Vital statistics of India. Vol. V, Reports of 1876 on armies & jails and on epidemic cholera
Year: 1876
Disease focus: Cholera
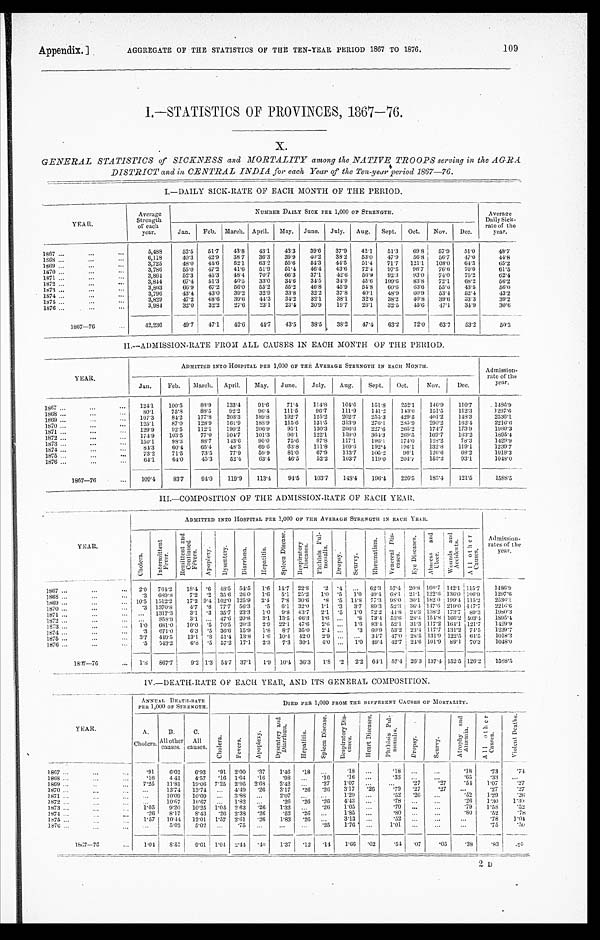
AGGREGATE OF THE STATISTICS OF THE TEN-YEAR PERIOD 1867 TO 1876.
Appendix. ]
109
I.—STATISTICS OF PROVINCES, 1867—76.
X.
GENERAL STATISTICS of SICKNESS and MORTALITY among the NATIVE TROOPS serving in the AGRA.
DISTRICT and in CENTRAL INDIA for each Year of the Ten-year period 1867—76.
I.—DAILY SICK-RATE OF EACH MONTH OF THE PERIOD.
YEAR.
Average
Strength
of each
year.
NUMBER DAILY SICK PER 1,000 0F STRENGTH.
Average
Daily Sick-
rate of the
year.
Jan.
Feb.
March. April.
May.
June.
July.
Aug.
Sept.
Oct.
Nov.
Dec.
1 8 6 7 . . .
5,488
52.5
51.7
43.8
43.1
43.3
39.6
37.9
42.1
51.3
69.8
57.9
51.0
4 8 . 7
6,118
40.3
42.9
38.7
36.3
39.9
40.2
38.2
53.0
47.9
56.8
5 6 . 7
47.0
4 4 . 8
1868 . . .
3,725
48.0
45.6
52.1
6 3 . 2
55.6
54.3
44.5
5 1 . 4
71.7
121.1
108.0
64.3
6 5 . 2
1869 . . .
3,786
55.0
47.2
41.6
51.9
51.4
46.4
43.6
72.4
97.5
9 6 . 7
76.6
70.0
61.5
1870 . . .
3,864
52.3
45.3
48.4
70.7
66.3
37.1
42.6
56.9
92.3
93.0
74. 0
75.2
62.4
1871 . . .
3,844
67.4
51.3
40.5
33.0
34.6
34.5
34.9
45.6
109.6
83.8
72.1
68.2
56.2
1872 . . .
3,803
66.9
67.2
56.0
55.2
55.2
46.8
45.9
54.8
6 0 . 6
63.0
55.4
43.5
5 6 . 0
1873 . . .
3,796
43.4
4 3 . 0
39.2
32.9
33.8
32.2
37.8
40.1
48.9
60.9
53.4
52.4
43.2
1874 . . .
3,829
47.2
48.6
39.6
44.3
34.2
32.1
38.1
32.6
38.2
40.8
39.6
33.3
39.2
1 8 7 5 . . .
3,984
32.0
32.2
27.6
23.1
23.4
20.9
19.7
26.1
32.5
45.6
47.1
34.9
30.6
1 8 7 6 . . .
1 8 6 7 — 7 6
42,236
49.7
47.1 42.6
44.7
43.5
38.5 38.5
47.4
63.2
72.0
63.7
53.2
50.3
II.—ADMISSION-RATE FROM ALL CAUSES IN EACH MONTH OF THE PERIOD.
Y EAR.
ADMITTED INTO HOSPITAL PER 1,000 OF THE AVERAGE STRENGTH IN EACH MONTH.
Admission -
rate of the
year.
Jan.
Feb.
M a r c h . April.
May.
June.
July.
Aug.
Sept.
Oct.
Nov.
Dec.
1867 . . .
124.1
100.5
88.9
133.4
91.6
71.4
114.8
104.6
151.8
252.1
146.9
110.7
1486.9
80.1
75.8
88.5
92.2
96.4
111.5
96.7
111.9
141.2
143.0
151.5
112.3
1297.6
1868 . . .
107.3
84.2
177.8
208.3
189.8
192.7
125.2
202.7
255.3
429.5
401.2
148.3
2536.1
1869 . . .
125.1
87.0
128.9
161.9
188.9
115.6
131.5
313.9
276.1
285.9
290.2
162.4
2216.6
1570 . . .
129.9
92.5
112.1
190.2
206.9
95.1
130.3
206.6
227.6
265.2
174.7
173.9
1980.3
1871 . . .
174.9
103.5
77.0
104.7
101.3
96.1
122.1
159.0
3 6 4 . 3
269.5
160.7
163.2
1895.4
1872 . . .
150.1
98.3
88.7
143.6
90.0
75.6
87.8
117.1
196.1
174.0
128.2
78.3
1429.9
1873 . . .
84.3
60.4
65.4
48.3
69.6
63.8
111.8
109.6
192.4
196.1
132.8
119.1
1239.7
1874 . . .
73.2
71.5
73.5
77.9
59.9
81.0
67.9
113.7
105.2
96.1
126.6
68.2
1018.3
1875 . . .
64.1
64.0
45.3
52.4
63.4
46.5
52.2
103.7
119.0
204.7
153.2
93.1
1048.0
1876 . . .
1867—76...
109.4
83.7
94.0
119.9
113.4
94.5
103.7
148.4
196.4
226.5
155.4
121.5
1588.5
III.—COMPOSITION OF THE ADMISSION-RATE OF EACH YEAR.
Y E A R .
ADMITTED INTO HOSPITAL PER 1,000 OF THE AVERAGE STRENGTH IN EACH YEAR.
Admission-
rates of the
y e a r .
C h o l e r a .
I n t e r m i t t e n t F e v e r .
R e m i t t e n t a n d C o n t i n u e d F
ē
v e r s .
A p o p l e x y .
D y s e n t e r y .
D i a r r h œ a .
H o p a t i t i s .
S p l e e n D i s e a s e .
R e s p i r a t o r y D i s e a s e s .
P h t h i s i s p u l - m o n a l i s .
D r o p s y .
S c u r v y .
R h e u m a t i s m . V e n e r e a l D i s - c a s e s .
E y e D i s e a s e s .
A b s c e s s a n d U l c e r . Wo u n d s a n d Ac c i d e n t s .
A l l o t h e r C a u s e s .
1867 . . .
2.0
764.2
18.4
. 6 48.5
54.5
1.6
14.7
22.8
. 2 . 4
. . .
62.3
57.4
20.8 160.7 142.1
1 1 5 . 7
1486.9
.3
689.8
7.2 .2
35.6
26.0
1.6
5.1
25.2
1 . 0 .5
1.0 49.4
68.1
2 1 . 1
1 2 2 . 6 136.0 106.9
1297. 6
1868 . . .
10.5
1312.2
17.2 9.4 102.0 125.9
2.4
7.8
30.6
. 8 .5 14.8
77.3
98.0
30.1 182.0 199.4 115.2
2536.1
1869 . . .
.3
1370.8
4.7 .8
77.7 56.3
. 5
6. 1 32.0
1.1 .3
3.7
89.3
52.3
3 6 . 4
1 4 7 . 6219.0 417.7
2216. 6
1870 . . .
. . . 1317.3
3.1 .3
35.7
23.3
1.0
9. 8 43.7
2.1 .5
1.0
72.2 44.8 24.3 138.2 173.7
89.3
1980.3
1871. . .
. . . 858.8
3.1
. . . 47.6 20.8
3.1
13.5
66.3
1.6
. . .
.8
73.4 53.6 28.4 154.8 166.2 403.4
1895. 4
1872 . . .
1.0
681.0
10.0 .5
70.5
20.3
2.9
22.1
47.6
2.6
. . .
1.6
83.4
52.1
31.3 117.2 164.1 121.7
1429. 9
1873 . . .
1874 . . .
.3
671.0
6.3 .5 36.6
15.9
1 . 8
8.7 35.0
2.4
. . .
.3
60.9 13.2 23.4 117.7 131.2
74.5
1239.7
3.7
449.5
13.1. .8 51.4
13.8
1.6
10.4
42.0
2.9
. . .
. . .
34.7 47.0 28.5 131.9 122.5
6 4 . 5
1018. 3
1875 . . .
.5
543.2
6.8 .5 57.2
17.1
2.3
7.3
30.1
4 . 0
. . .
1.0 49.4 42.7 24.6 101.9
89.1
70.3
1048.0
1876 . . .
1867—76 . . .
l.8
867.7
9 . 2 1.3 54.7
37.1
1.9
10.4
36.3
1.8 .2
2.2
64.1
57.4 26.3 137.4 152.5 126.2
1588. 5
IV.—DEATH-RATE 0F EACH YEAR, AND ITS GENERAL COMPOSITION.
YEAR.
ANNUAL DEATH-RATE
PER 1,000 OF STRENGTH.
DIED PER 1,000 PROM THE DIFFERENT CAUSES OP MORTALITY.
A. Cholera.
B.
All other
causes.
C.
All
causes.
Chol er a.
Fevers.
Apopl exy.
D y s e n t e r y a n d D i a r r h œ a .
H e p a t i t i s .
S p l e e n Di s e a s e .
R e s p i r a t o r y D i s - c a s e s .
H e a r t D i s e a s e a .
P h t h i s i s P u l - m o n a l i s .
Dropsy.
Scurvy.
A t r o p h y a n d A n æ m i a .
A l l o t h e r C a u s e s .
V i o l e n t D e a t h s .
1867 . . .
.91 16.02
6.93
.91
2.00
.37
1.46
.18
. . .
.18
. . .
.18
. . .
. . .
. 1 8
.73
. 7 4
1868 . . .
. 1 6
4 41
4.57
. 1 6 1.64
. 16
. 9 8 . . .
.16
.16
. . .
.33
. . .
. . .
. 6 5
. 3 3
. . .
1869 . . .
7.25
11.81
19.06 7.25
2.95
2.68
2.42
. . .
.27
1.07
. . .
. . .
.27
.27
. 5 4 1.07
.27
1870 . . .
. . . 13.74
13.74
. . . 4.49
. 26
3.17
.26
.26
3.17
.26
.79
.27
.27
. . .
. 2 7
. 2 7
1871 . . .
. . . 10.09
10.09
. . .
3.88
. . .
2.07
. . .
. . .
1.29
. . .
.52
.26
. . .
. 5 2 1.29
. 2 6
1872 . . .
. . . 10.67
10.67
. . .
1.82
. . .
. 2 6 .26
.26
4.43
. . .
.78
. . .
. . .
. 2 6 1'30
1 . 3 0
1873 . . .
1.05
9.20
10.25
1.05
2.63
. 26
1.32
. . .
.26
1.05
. . .
.79
. . .
. . .
. 7 9 1'58
.52
1 8 7 4 . . .
.26
8.17
8.43
.26 2.33
. 26
. 5 2 .26
. . .
1.85
. . .
.80
. . .
. . .
. 8 0 .52 .78
1 8 7 5 . . .
1.57
10.44
12.01
1.57
2.61
.26
1.83
.26
. . .
3.13
. . .
.52
. . .
. . .
. . .
.78
1.04
1 8 7 6 . . .
. . .
5.02
502.
. . .
.75
. . .
. . .
. . .
.25
1.76
. . .
1.01
. . .
. . .
. . .
.75
.50
1867—76 . . .
1.04
8.57 9.61
1.04
2.41
. 40
1.37
. 1 2
.14
1.66
.02
.54
.07
.05
.38 .83
. 5 5
2 D